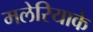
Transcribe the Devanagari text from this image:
मलेरियाके